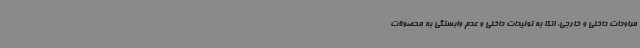
مراودات داخلی و خارجی، اتکا به تولیدات داخلی و عدم وابستگی به محصولات